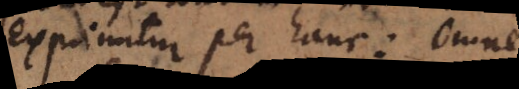
exprimitur per hanc omne